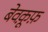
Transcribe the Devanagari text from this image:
बेवकू़फ़